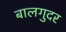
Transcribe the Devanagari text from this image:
बालगुदर